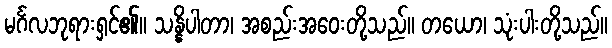
မင်္ဂလဘုရားရှင်၏။ သန္နိပါတာ၊ အစည်းအဝေးတို့သည်။ တယော၊ သုံးပါးတို့သည်။